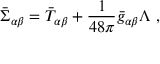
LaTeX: \bar { \Sigma } _ { \alpha \beta } = \bar { T } _ { \alpha \beta } + \frac { 1 } { 4 8 \pi } \bar { g } _ { \alpha \beta } \Lambda ~ ,